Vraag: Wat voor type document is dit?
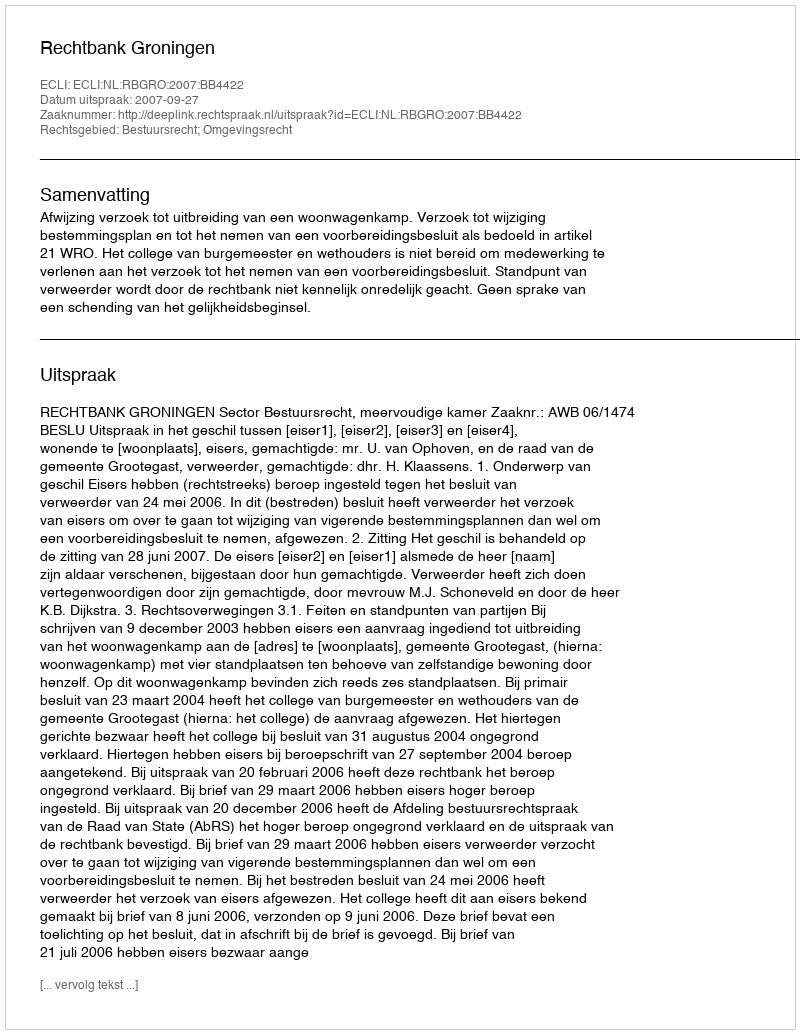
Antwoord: Uitspraak